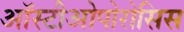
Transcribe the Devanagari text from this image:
ऑस्टीओपोरोसिस